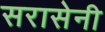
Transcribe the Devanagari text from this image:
सरासेनी